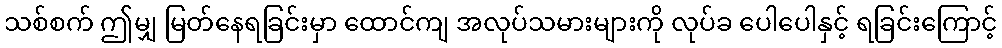
သစ်စက် ဤမျှ မြတ်နေရခြင်းမှာ ထောင်ကျ အလုပ်သမားများကို လုပ်ခ ပေါပေါနှင့် ရခြင်းကြောင့်